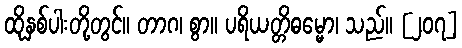
ထိုနှစ်ပါးတို့တွင်။ တာဂ၊ စွာ။ ပရိယတ္တိဓမ္မော၊ သည်။ [၂၀၇]